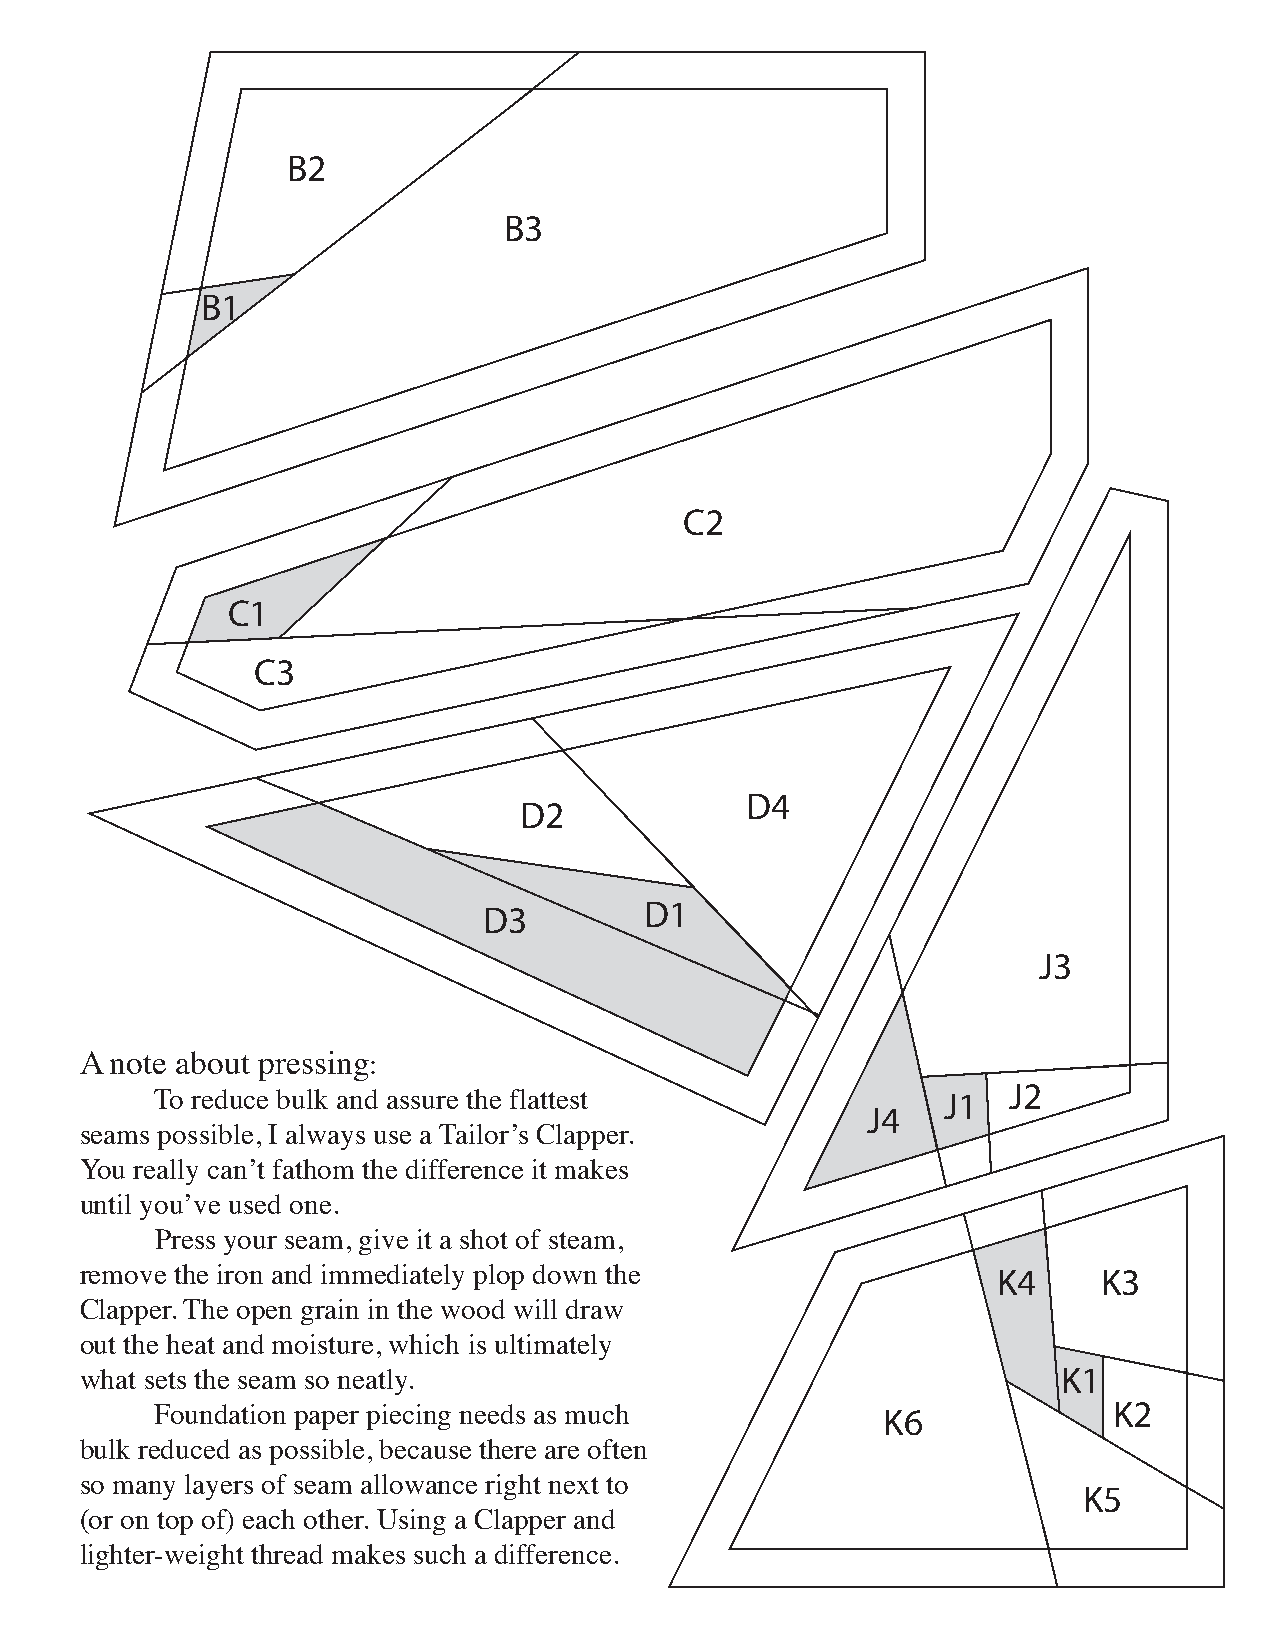
B2
 B3
 B1
 C2
 C1
 C3
 D4
 D2
 D1
 D3
 J3
 A note about pressing:
 J2
 To reduce bulk and assure the flattest               J1
 J4
 seams possible, I always use a Tailor’s Clapper.
 You really can’t fathom the difference it makes
 until you’ve used one.
 Press your seam, give it a shot of steam,
 remove the iron and immediately plop down the                K4     K3
 Clapper. The open grain in the wood will draw
 out the heat and moisture, which is ultimately
 K1
 what sets the seam so neatly.
 K2
 Foundation paper piecing needs as much          K6
 bulk reduced as possible, because there are often
 so many layers of seam allowance right next to                     K5
 (or on top of) each other. Using a Clapper and
 lighter-weight thread makes such a difference.